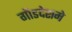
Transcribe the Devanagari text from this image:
गौडदेशमे